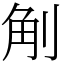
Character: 㓩